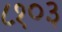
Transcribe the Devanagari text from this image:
८१०३